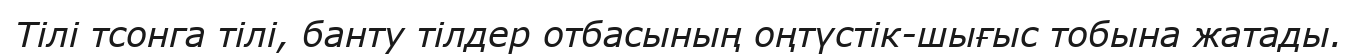
Тілі тсонга тілі, банту тілдер отбасының оңтүстік-шығыс тобына жатады.